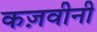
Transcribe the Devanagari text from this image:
कज़वीनी